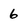
Character: 6